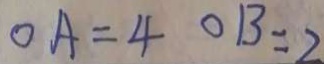
O A = 4 O B = 2